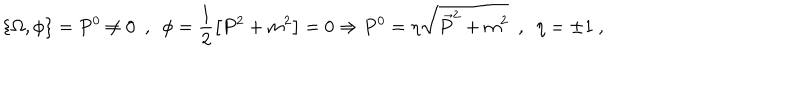
\{ \Omega , \phi \} = P ^ { 0 } \neq 0 \ \ , \ \ \phi = \frac { 1 } { 2 } \left[ P ^ { 2 } + m ^ { 2 } \right] = 0 \Rightarrow P ^ { 0 } = \eta \sqrt { \vec { P } ^ { 2 } + m ^ { 2 } } \ \ , \ \ \eta = \pm 1 \ ,